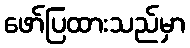
ဖော်ပြထားသည်မှာ